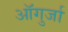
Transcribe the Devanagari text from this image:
ऑगुर्जा